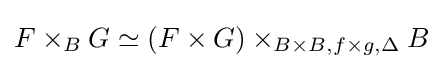
F\times _{B}G\simeq (F\times G)\times _{B\times B,f\times g,\Delta }B